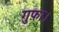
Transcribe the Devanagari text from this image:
गुफ़ा।